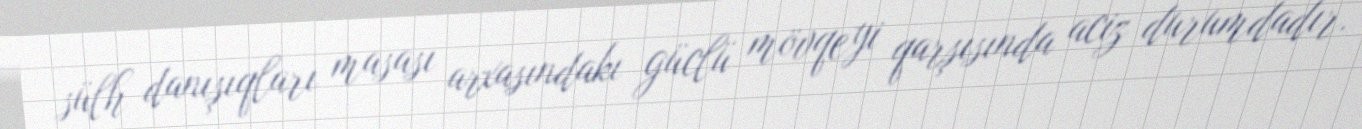
sülh danışıqları masası arxasındakı güclü mövqeyi qarşısında aciz durumdadır.